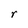
Character: r